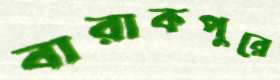
বারাকপুরে